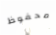
محفوظ